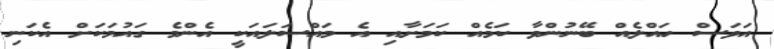
އަވަސް ހައްލެއް ބޭނުންވާ ކަމެއް ކަމަށާއި އެ މައްސަލައަކީ އެންމެ ގައުމަކަށް އެކަނި